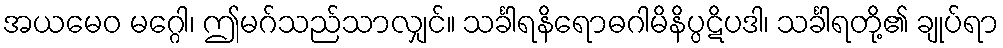
အယမေဝ မဂ္ဂေါ၊ ဤမဂ်သည်သာလျှင်။ သင်္ခါရနိရောဓဂါမိနိပ္ပဋိပဒါ၊ သင်္ခါရတို့၏ ချုပ်ရာ